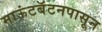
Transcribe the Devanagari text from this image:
माऊंटबॅटनपासून